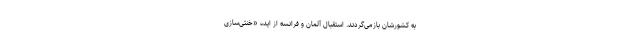
به کشورشان بازمی‌گردند. استقبال آلمان و فرانسه از ایده «خنثی‌سازی